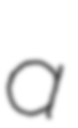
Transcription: a